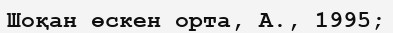
Шоқан өскен орта, А., 1995;